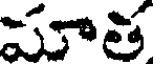
మాత